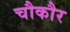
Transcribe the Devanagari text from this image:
चौकौर